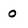
Character: 0